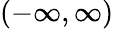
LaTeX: (-\infty,\infty)